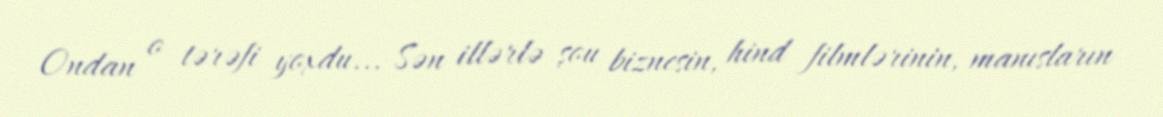
Ondan o tərəfi yoxdu... Sən illərlə şou biznesin, hind filmlərinin, manısların